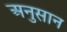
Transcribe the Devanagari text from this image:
अनुसान